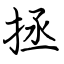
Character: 拯